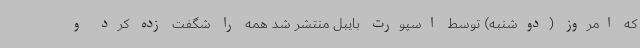
که امروز (دوشنبه) توسط اسپورت بایبل منتشر شد همه را شگفت زده کرد و